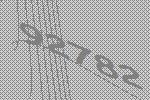
92782